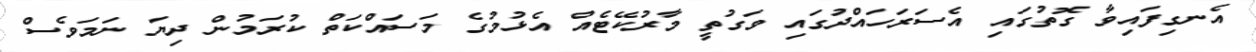
އެނގިފައިވާ ގޮތުގައި އެސަރަހައްދުގައި ވަގުތީ މާރުކޭޓެއް އެޅުމުގެ މަސައްކަތް ކުރަމުން ދިޔަ ނަމަވެސް